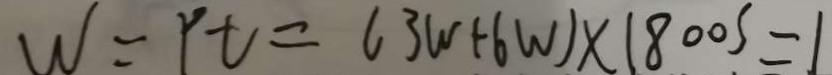
W = P t = ( 3 w + 6 W ) \times 1 8 0 0 s = 1